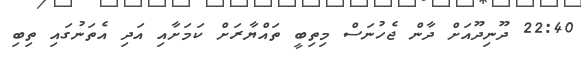
22:40 ދޫނިދޫއަށް ދާން ޖެހުނަސް މިތިބީ ތައްޔާރަށް ކަމަށާއި އަދި އެތަނުގައި ތިބި